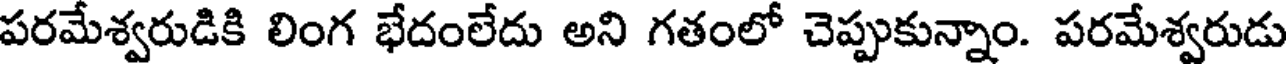
పరమేశ్వరుడికి లింగ భేదంలేదు అని గతంలో చెప్పుకున్నాం. పరమేశ్వరుడు